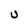
Character: U